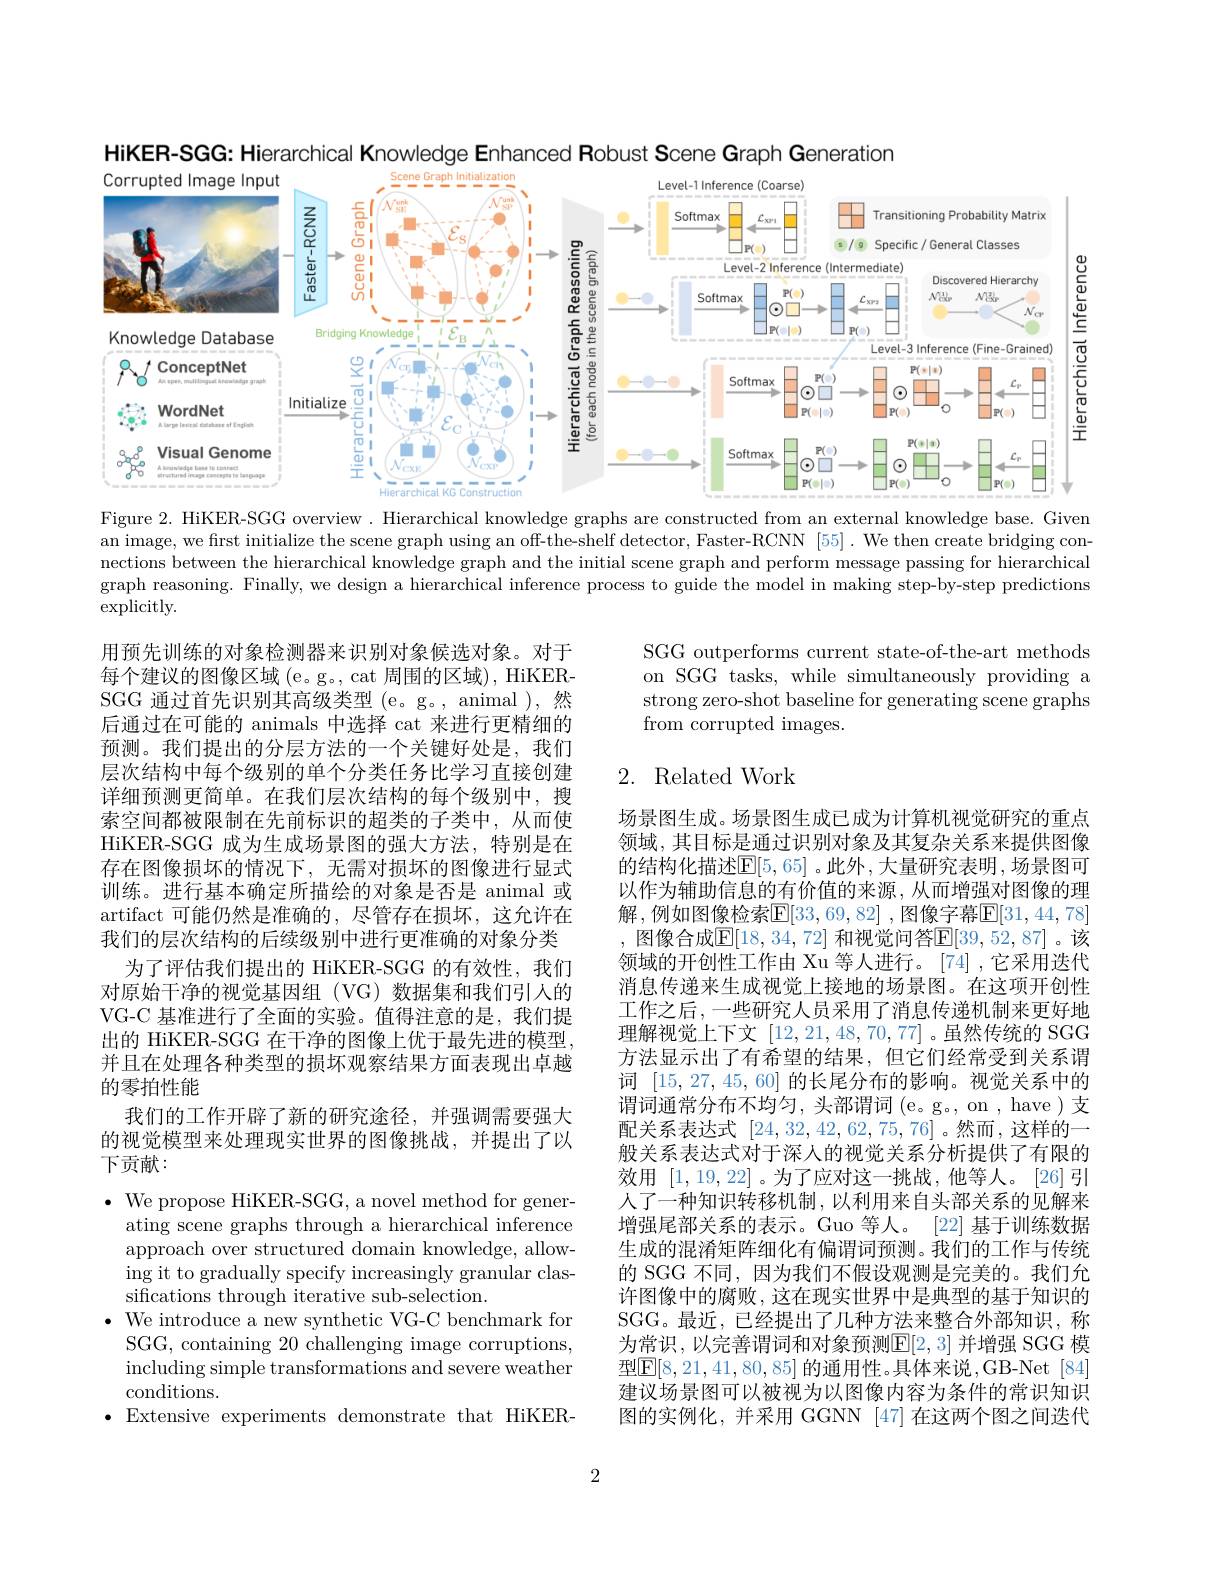
HiKER-SGG: Hierarchical Knowledge Enhanced Robust Scene Graph Generation

<FigureHere>

Figure 2. HiKER-SGG overview. Hierarchical knowledge graphs are constructed from an external knowledge base. Given an image, we frst initialize the scene graph using an off-the-shelf detector, Faster-RCNN [55]. We then create bridging connections between the hierarchical knowledge graph and the initial scene graph and perform message passing for hierarchical graph reasoning. Finally, we design a hierarchical inference process to guide the model in making step-by-step predictions ${\mathrm{explicitly.}}$

SGG outperforms current state-of-the-art methods on SGG tasks, while simultaneously providing a strong zero-shot baseline for generating scene graphs from corrupted images.

## 2. Related Work

用预先训练的对象检测器来识别对象候选对象。对于每个建议的图像区域 (e。g。, cat 周围的区域), HiKERSGG 通过首先识别其高级类型 (e。g。, animal ),然后通过在可能的 animals 中选择 cat 来进行更精细的预测。我们提出的分层方法的一个关键好处是，我们层次结构中每个级别的单个分类任务比学习直接创建详细预测更简单。在我们层次结构的每个级别中，搜索空间都被限制在先前标识的超类的子类中，从而使HiKER-SGG 成为生成场景图的强大方法，特别是在存在图像损坏的情况下，无需对损坏的图像进行显式训练。进行基本确定所描绘的对象是否是 animal 或artifact 可能仍然是准确的，尽管存在损坏，这允许在我们的层次结构的后续级别中进行更准确的对象分类
为了评估我们提出的 HiKER-SGG 的有效性，我们对原始干净的视觉基因组(VG)数据集和我们引人的VG-C 基准进行了全面的实验。值得注意的是，我们提出的 HiKER-SGG 在干净的图像上优于最先进的模型并且在处理各种类型的损坏观察结果方面表现出卓越的零拍性能
我们的工作开辟了新的研究途径，并强调需要强大的视觉模型来处理现实世界的图像挑战，并提出了以

场景图生成。场景图生成已成为计算机视觉研究的重点领域，其目标是通过识别对象及其复杂关系来提供图像的结构化描述$\mathbb{E}[5,65]$ 。此外 ,大量研究表明 , 场景图可以作为辅助信息的有价值的来源，从而增强对图像的理解，例如图像检索$\mathbb{E}[33,69,82]$ ,图像字幕$\mathbb{E}[31,44,78]$ , 图像合成$\mathbb{E}[18,34,72]$ 和视觉问答$\mathbb{E}[39,52,87]$。该领域的开创性工作由 Xu 等人进行。[74],它采用迭代消息传递来生成视觉上接地的场景图。在这项开创性工作之后，一些研究人员采用了消息传递机制来更好地理解视觉上下文[12,21,48,70,77] 。虽然传统的 SGG 方法显示出了有希望的结果，但它们经常受到关系谓词[15,27,45,60]的长尾分布的影响。视觉关系中的谓词通常分布不均匀，头部谓词(e。g。, on , have)支配关系表达式[24,32,42,62,75,76]。然而，这样的一般关系表达式对于深人的视觉关系分析提供了有限的效用[1,19,22]。为了应对这一挑战，他等人。[26]引人了一种知识转移机制，以利用来自头部关系的见解来增强尾部关系的表示。Guo 等人。[22]基于训练数据生成的混淆矩阵细化有偏谓词预测。我们的工作与传统的 SGG 不同，因为我们不假设观测是完美的。我们允许图像中的腐败，这在现实世界中是典型的基于知识的SGG。最近，已经提出了几种方法来整合外部知识，称为常识，以完善谓词和对象预测$\mathbb{E}[2,3]$ 并增强 SGG 模型$\boxed{\mathrm{F}}[8,21,41,80,85]$ 的通用性。具体来说，GB-Net[84] 建议场景图可以被视为以图像内容为条件的常识知识图的实例化，并采用 GGNN [47] 在这两个图之间迭代

下贡献：

$\bullet$ We propose HiKER-SGG, a novel method for gener-
ating scene graphs through a hierarchical inference approach over structured domain knowledge, allowing it to gradually specify increasingly granular classifications through iterative sub-selection.
$\bullet$ We introduce a new synthetic VG-C benchmark for
SGG, containing 20 challenging image corruptions, including simple transformations and severe weather conditions.
$\bullet$ Extensive experiments demonstrate that HiKER-

2